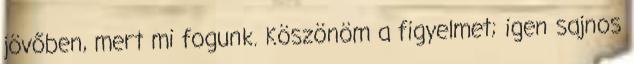
jövőben, mert mi fogunk. Köszönöm a figyelmet; igen sajnos